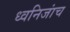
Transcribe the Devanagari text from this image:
ध्वनिजांच